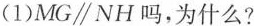
(1)MG\parallel NH吗，为什么?